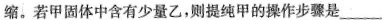
缩。若甲固体中含有少量乙，则提纯甲的操作步骤是___